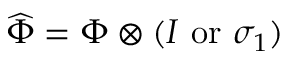
\widehat \Phi = \Phi \otimes ( I \mathrm { ~ o r ~ } \sigma _ { 1 } )